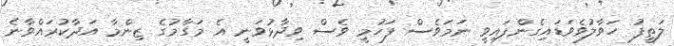
ލަތީފު ހަވާލުވެވަޑައިގެންފައިވީ ނަމަވެސް ފަހުމީ ވެސް ވިދާޅުވަނީ އެ މަގާމުގެ ޒިންމާ އަދާކުރައްވާނެ